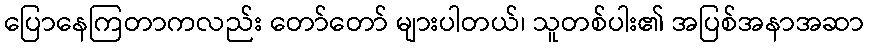
ပြောနေကြတာကလည်း တော်တော် များပါတယ်၊ သူတစ်ပါး၏ အပြစ်အနာအဆာ